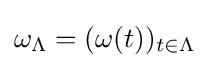
\omega _{\Lambda }=(\omega (t))_{t\in \Lambda }